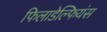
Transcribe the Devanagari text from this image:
फिलाडेल्फियंस